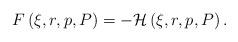
LaTeX: \begin{align*}F\left( \xi ,r,p,P\right) =-\mathcal{H}\left( \xi ,r,p,P\right) . \end{align*}